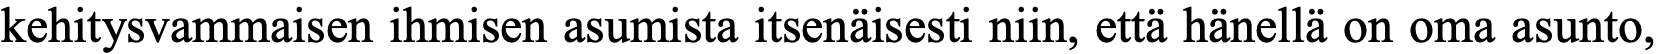
kehitysvammaisen ihmisen asumista itsenäisesti niin, että hänellä on oma asunto,